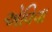
એવિવા